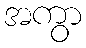
အကွာ